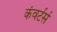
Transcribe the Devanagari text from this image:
कंवर्टर्स